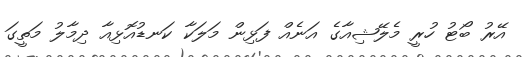
އޭރު ބޯޓު ހުރީ މެލޭޝިއާގެ އަނެއް ފަޅިން މަލަކާ ކަނޑުއޮޅިއާ ދިމާލު މަތީގަ